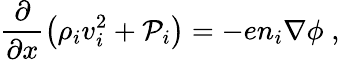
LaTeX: \frac{\partial}{\partial x}\left(\rho_{i}v_{i}^{2}+\mathcal{P}_{i}\right)=-en_{i}\nabla\phi\; ,